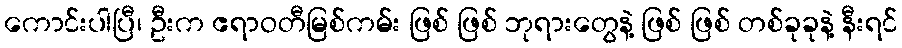
ကောင်းပါပြီ၊ ဦးက ဧရာဝတီမြစ်ကမ်း ဖြစ် ဖြစ် ဘုရားတွေနဲ့ ဖြစ် ဖြစ် တစ်ခုခုနဲ့ နီးရင်